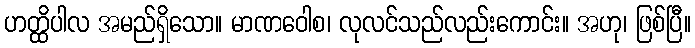
ဟတ္ထိပါလ အမည်ရှိသော။ မာဏဝေါစ၊ လုလင်သည်လည်းကောင်း။ အဟု၊ ဖြစ်ပြီ။